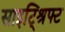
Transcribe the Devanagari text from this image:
साइट्श्रिफ्ट